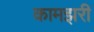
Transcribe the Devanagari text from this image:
कामझरी